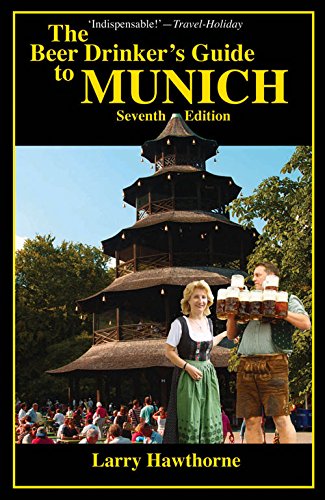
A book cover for The Beer Drinker's Guide to Munich; Larry Hawthorne; Travel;